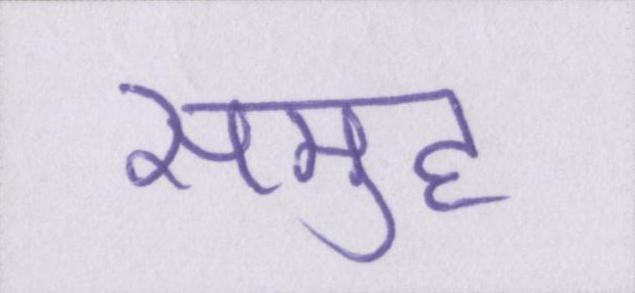
समुह